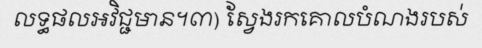
លទ្ធផលអវិជ្ជមាន។៣) ស្វែងរកគោលបំណងរបស់